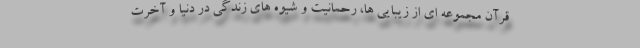
قرآن مجموعه ای از زیبایی ها، رحمانیت و شیوه های زندگی در دنیا و آخرت